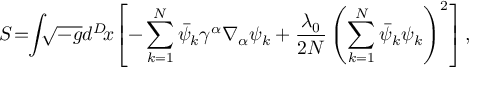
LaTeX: S \! = \! \! \int \! \! \! \sqrt { - g } d ^ { D } \! x \! \left[ - \sum _ { k = 1 } ^ { N } \bar { \psi } _ { k } \gamma ^ { \alpha } \nabla _ { \alpha } \psi _ { k } + \frac { \lambda _ { 0 } } { 2 N } \left( \sum _ { k = 1 } ^ { N } \bar { \psi } _ { k } \psi _ { k } \right) ^ { 2 } \right] ,